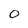
Character: 0